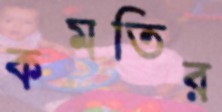
কমতির